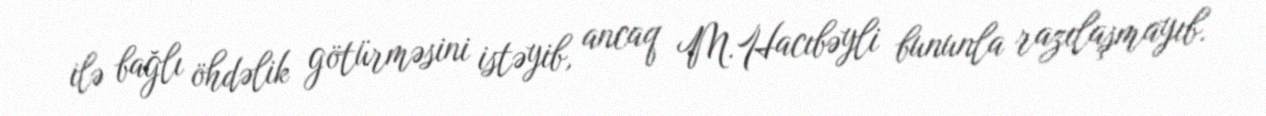
ilə bağlı öhdəlik götürməsini istəyib, ancaq M.Hacıbəyli bununla razılaşmayıb.